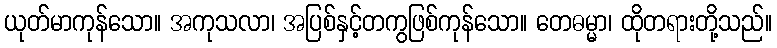
ယုတ်မာကုန်သော။ အကုသလာ၊ အပြစ်နှင့်တကွဖြစ်ကုန်သော။ တေဓမ္မာ၊ ထိုတရားတို့သည်။